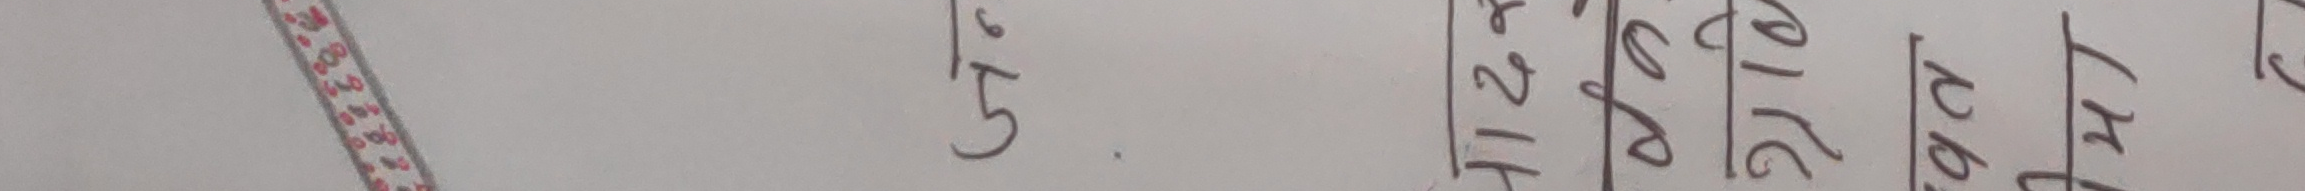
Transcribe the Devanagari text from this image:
६/५ १२ २० ४० ५०